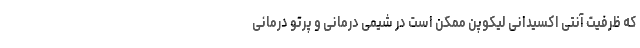
که ظرفیت آنتی اکسیدانی لیکوپن ممکن است در شیمی درمانی و پرتو درمانی